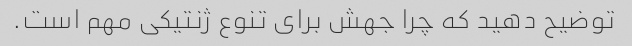
توضیح دهید که چرا جهش برای تنوع ژنتیکی مهم است.